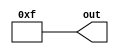
module RandomNumberGenerator(out);
output reg [7:0] out;




always 
begin 
	out<=8'b00001111;
end



endmodule